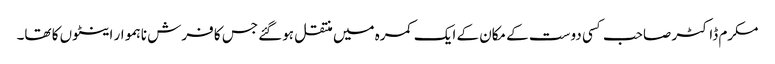
مکرم ڈاکٹر صاحب کسی دوست کے مکان کے ایک کمرہ میں منتقل ہوگئے جس کا فرش ناہموار اینٹوں کا تھا۔